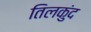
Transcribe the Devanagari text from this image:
तिलकुंद